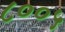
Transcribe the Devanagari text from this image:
८००५